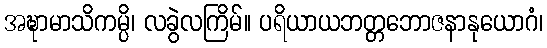
အဍ္ဎာမာသိကမ္ပိ၊ လခွဲလကြိမ်။ ပရိယာယဘတ္တဘောဇနာနုယောဂံ၊